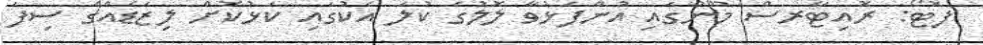
ފޮޓޯ: ރޮއިޓާރސް މޫނުގައި އުންފަޅުވާ ލޮލުގެ ކުލަ އެކުގައި ކަޅުކޮށް ލިޒަޑެއްގެ ސިފަ